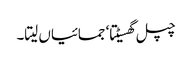
چپل گھسیٹتا‘ جمائیاں لیتا۔